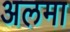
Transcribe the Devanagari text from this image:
अलमा